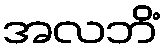
အလဘိံ